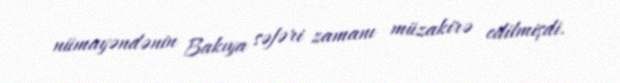
nümayəndənin Bakıya səfəri zamanı müzakirə edilmişdi.